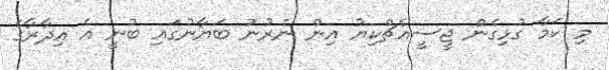
މި ކަމާ ގުޅިގެން ޖީސީއެޗްކިޔު އިން ނެރުނު ބަޔާނުގައި ބުނީ އެ އިދާރާގެ